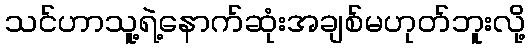
သင်ဟာသူ့ရဲ့နောက်ဆုံးအချစ်မဟုတ်ဘူးလို့